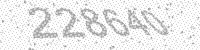
Solution: 228640